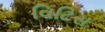
વિટિસ